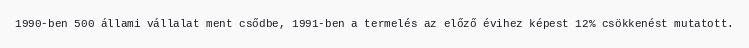
1990-ben 500 állami vállalat ment csődbe, 1991-ben a termelés az előző évihez képest 12% csökkenést mutatott.